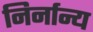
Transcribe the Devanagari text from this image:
निर्नान्य